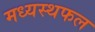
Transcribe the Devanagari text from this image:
मध्यस्थफल